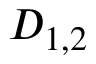
D _ { 1 , 2 }